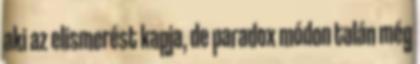
aki az elismerést kapja, de paradox módon talán még